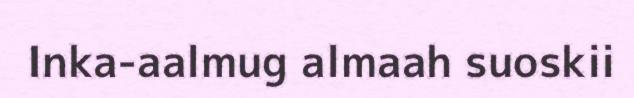
Inka-aalmug almaah suoskii